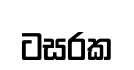
ටසරක